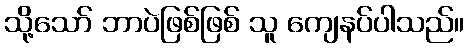
သို့သော် ဘာပဲဖြစ်ဖြစ် သူ ကျေနပ်ပါသည်။